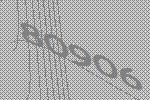
80906